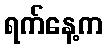
ရက်နေ့က